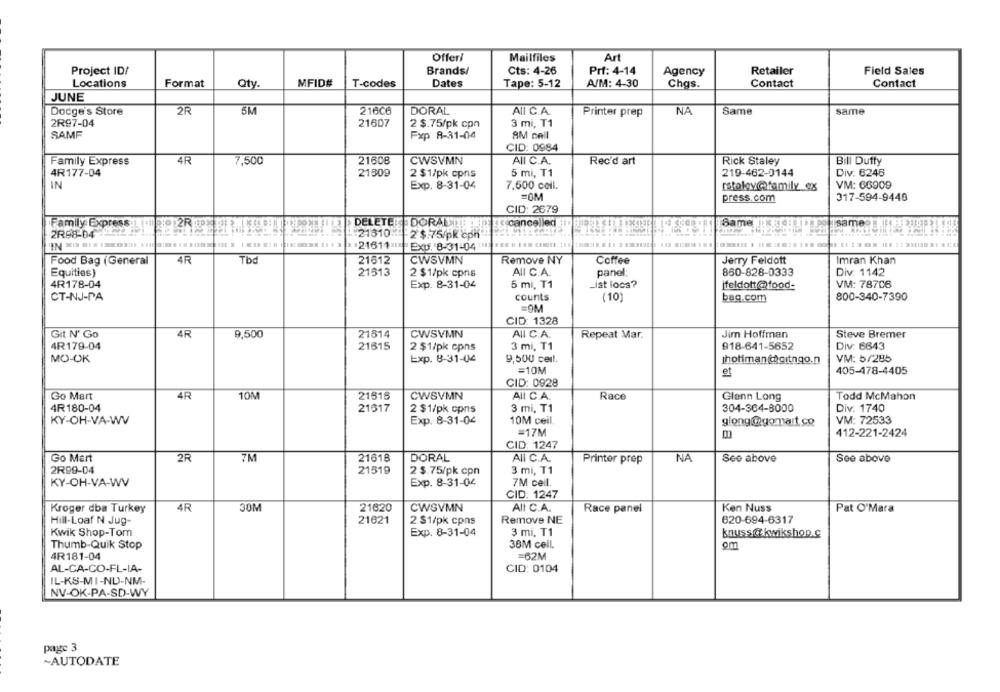
Offeri
Mailfiles
Art
Project ID/
Brands/
Cts: 4-26
Prf: 4-14
Agency
Retailer
Field Sales
Locations
Format
Qty
MFID#
Dates
A/M: 4-30
Contact
T-codes
Tape: 5-12
Chas.
Contact
JUNE
Docge's Store
2R
5M
21606
DORAL
All C.A.
NA
same
Printer prep
Same
2R97-04
21607
2 $.75/pk cpn
3 mi, T1
SAMF
Fxp 8-31-04
AM cell
CID: 0984
Family Express
4R
7,500
21608
CWSVMN
AII C.A.
Rec'd art
Rick Staley
Bill Dufty
4R177-04
21309
5 mi, T1
219-462-0144
Div. 6246
2 $1/pk cpns
IN
Exp. 8-31-04
7,500 coll.
rstoley@family.ex
VM: 66909
=0M
press.com
317-594-9440
CID: 2679
DELETER DORALLE
scancelled ID BI ] ]] [3]
2R98-64 26 . 2 .20201.
21310-
2 $.75/pk'cph
** 2161111
Exp. 8-31-04
Food Bag (General
4R
Tbd
21612
CWSVMN
Remove NY
Coffee
Jerry Feldott
Imran Khan
Equities)
21513
2 $1/pk cpns
AII C.A.
panel:
860-828-0333
Div: 1142
5 mi, T1
-lat locs?
VM: 78706
4R178-04
Exp. 8-31-04
ifeldott@food-
CT-NJ-PA
counts
(10)
bag.com
800-340-7390
=OM
CID: 1328
Git N' Go
4R
9,500
21814
CWSVMN
All C.A.
Repeat Mar.
Jim Hoffman
Steve Bremer
4R179-04
21615
3 mi, T1
918-641-5652
Div: 6643
2 $1/pk cpns
MO-OK
Exp. 8-31-04
9,500 cell.
holiman@gitngo.n
VM: 5/285
=10M
et
405-478-4405
CID: 0928
Go Mart
4R
21516
CWSVMN
10M
All C.A.
Race
Glenn Long
Todd McMahon
4R180-04
21617
3 mi, T1
304-364-8000
Div. 1740
2 $1/pk cpns
KY-OH-VA-WV
Exp. 8-31-04
10M ceil.
glong@gomart.co
VM: 72533
=17M
412-221-2424
CID: 1247
21618
All C.A.
Go Mart
2R
7M
DORAL
Printer prep
NA
See above
See above
2R99-04
21519
2 $.75/pk cpn
3 mi, T1
KY-OH-VA-WV
Exp. 8-31-04
7M ceil.
CID: 1247
Kroger dba Turkey
4R
30M
21620
CWSVMN
All C.A.
Race panel
Ken Nuss
Pat O'Mara
Remove NE
620-694-6317
Hill-Loaf N Jug-
21621
2 $1/pk cpns
Kwik Shop-Tom
Exp. 8-31-04
3 mi, T1
knussitt kwikshop.c
Thumb-Quik Stop
38M cell.
4R181-04
=62M
AL-CA-CO-FL-IA-
CID: 0104
IL-KS-MI-ND-NM-
NV-OK-PA-SD-WY
page 3
~AUTODATE